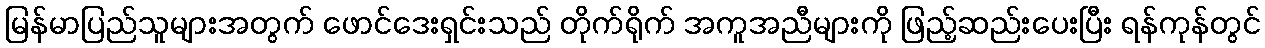
မြန်မာပြည်သူများအတွက် ဖောင်ဒေးရှင်းသည် တိုက်ရိုက် အကူအညီများကို ဖြည့်ဆည်းပေးပြီး ရန်ကုန်တွင်